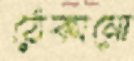
ঠেকানো